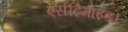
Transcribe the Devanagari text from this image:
ऐसीटैमाइड।